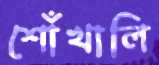
শোঁখালি